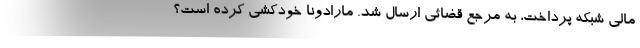
مالی شبکه پرداخت، به مرجع قضائی ارسال شد. مارادونا خودکشی کرده است؟